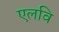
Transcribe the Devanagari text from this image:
एलवि